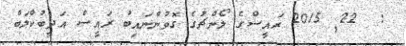
:  22